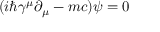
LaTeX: \ ( i \hbar \gamma ^ { \mu } \partial _ { \mu } - m c ) \psi = 0